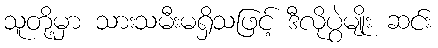
သူတို့မှာ သားသမီးမရှိသဖြင့် ဒီလိုပွဲမျိုး ဆင်း